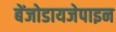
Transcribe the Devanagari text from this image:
बेंजोडायजेपाइन